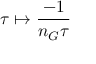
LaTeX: \tau \mapsto { \frac { - 1 } { n _ { G } \tau } }